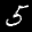
Label: 5